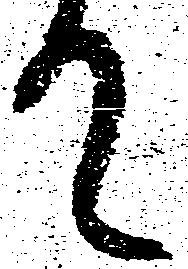
て